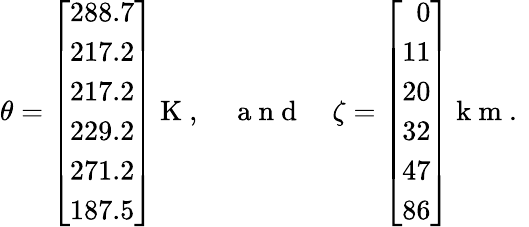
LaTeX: {\mathbf\theta}=\left[\begin{array}{r}{288.7}\\ {217.2}\\ {217.2}\\ {229.2}\\ {271.2}\\ {187.5}\end{array}\right]\mathrm{~K~},\quad\mathrm{~a~n~d~}\quad{\mathbf\zeta}=\left[\begin{array}{r}{0}\\ {11}\\ {20}\\ {32}\\ {47}\\ {86}\end{array}\right]\mathrm{~k~m~.~}